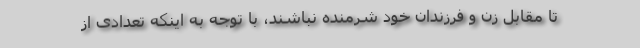
تا مقابل زن و فرزندان خود شرمنده نباشند، با توجه به اینکه تعدادی از